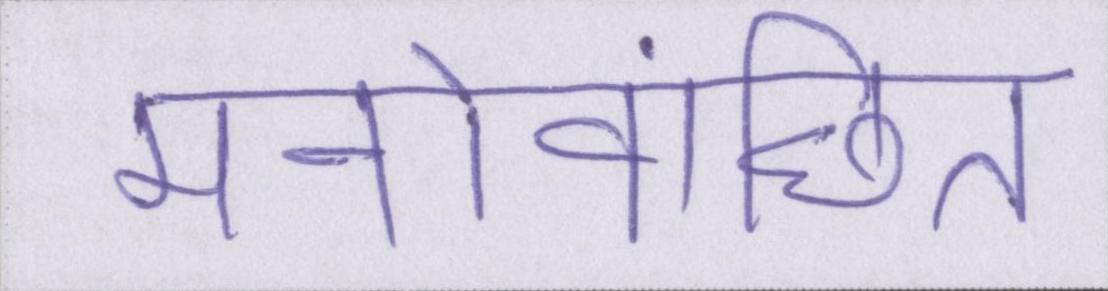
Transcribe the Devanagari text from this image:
मनोवांछित